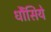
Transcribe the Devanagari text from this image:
धौंसिये